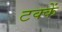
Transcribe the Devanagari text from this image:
टक्कें